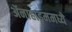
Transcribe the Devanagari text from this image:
ॲनाहाइममध्ये